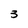
Character: 3